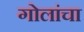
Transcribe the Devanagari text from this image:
गोलांचा